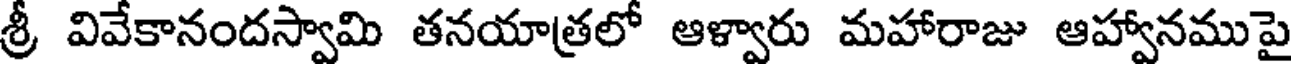
శ్రీ వివేకానందస్వామి తనయాత్రలో ఆళ్వారు మహారాజు ఆహ్వానముపై